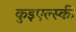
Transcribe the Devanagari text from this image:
कुइएल्स्की